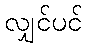
လျှင်ပင်